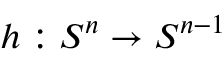
h : S ^ { n } \to S ^ { n - 1 }